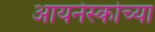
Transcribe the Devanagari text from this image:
आयनेस्कोच्या